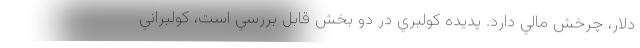
دلار، چرخش مالي دارد. پديده كولبري در دو بخش قابل بررسي است، كولبراني